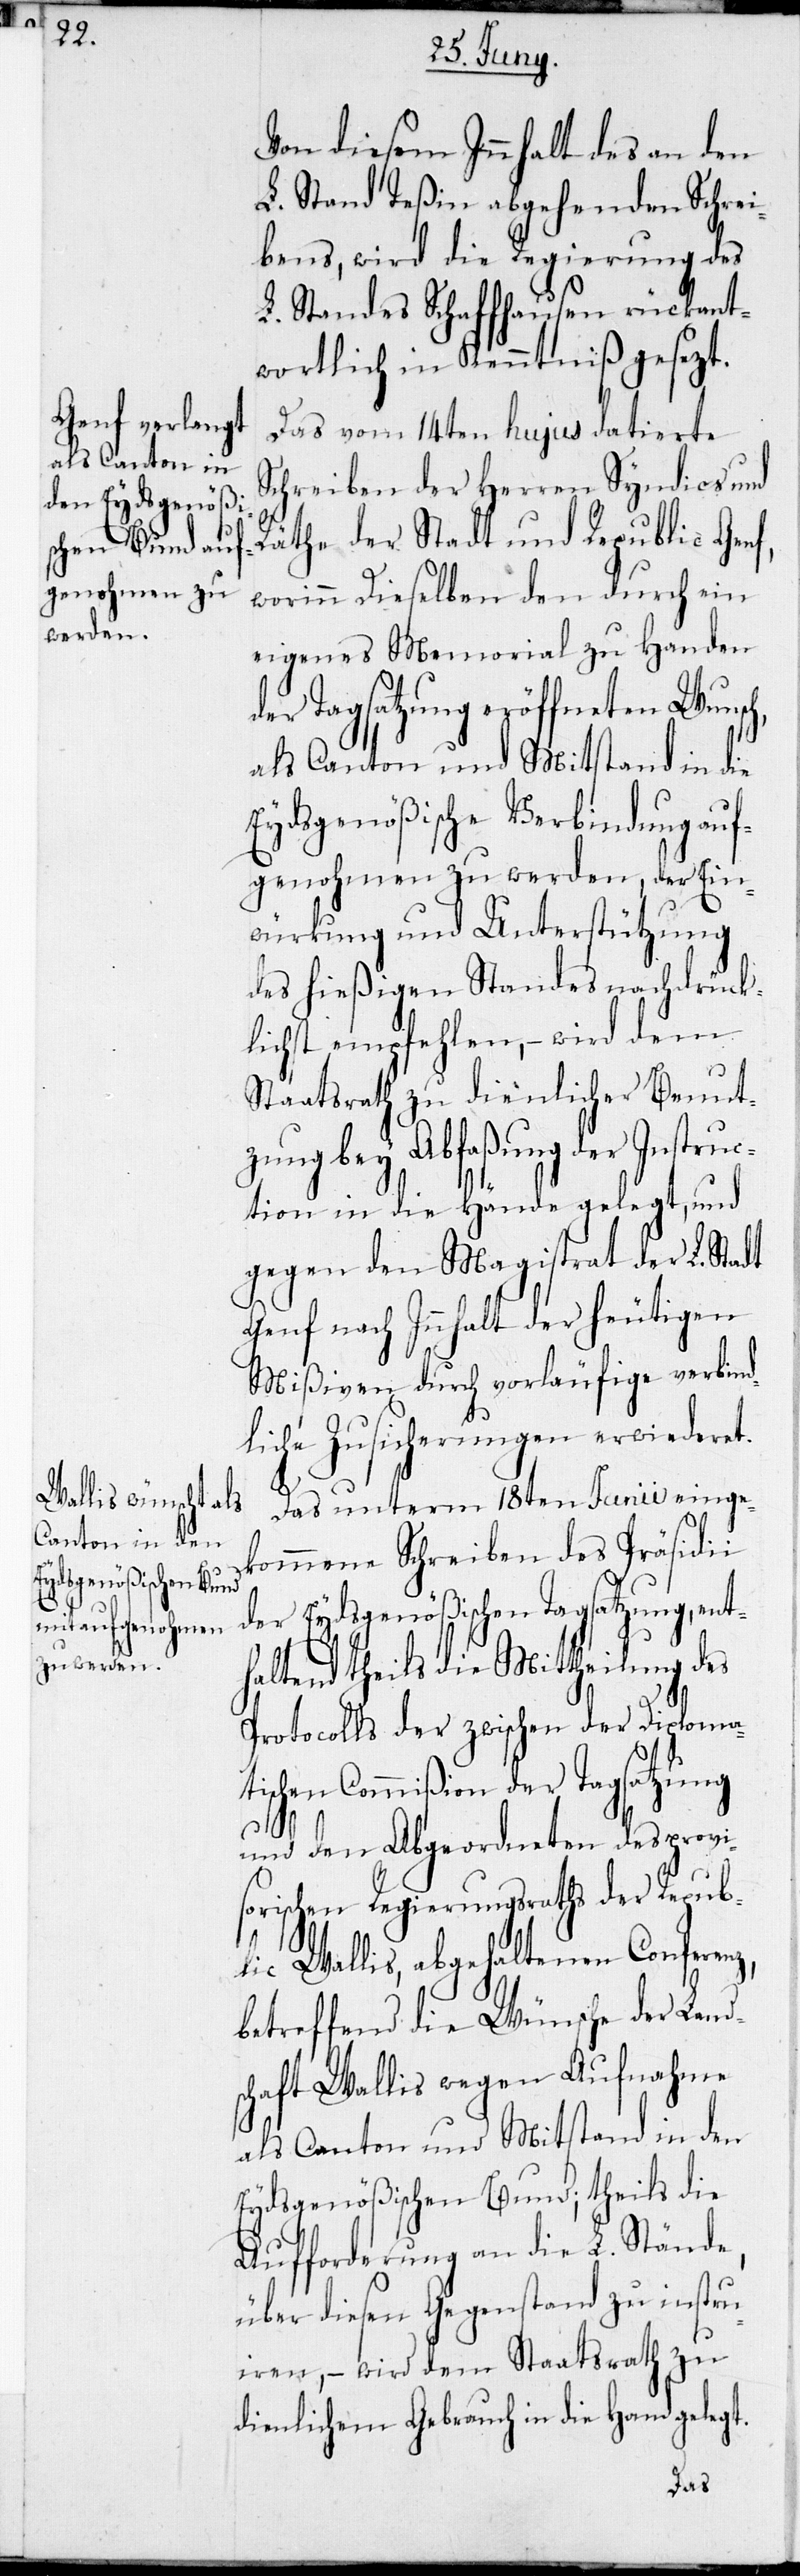
Von diesem Innhalt des an den
L. Stand Teßin abgehenden Schrei¬
bens, wird die Regierung des
L. Standes Schaffhausen rückant¬
wortlich in Kenntniß gesezt.
Das vom 14ten hujus datierte
Schreiben der Herren Syndics und
Räthe der Stadt und Republic Genf,
worinn dieselben den durch ein
eigenes Memorial zu Handen
der Tagsatzung eröffneten Wunsch,
als Canton und Mitstand in die
Eydsgenößische Verbindung auf¬
genohmen zu werden, der Ein¬
würkung und Unterstützung
des hießigen Standes nachdrück¬
lichst empfehlen, – wird dem
Staatsrath zu dienlicher Benut¬
zung bey Abfaßung der Instru¬
ction in die Hände gelegt, und
gegen den Magistrat der L. Stadt
Genf nach Innhalt der heutigen
Mißiven durch vorläufige verbind¬
liche Zusicherungen erwiederet.
Das unterm 18ten Junii einge¬
kommene Schreiben des Präsidii
der Eydsgenößischen Tagsatzung, ent¬
haltend theils die Mittheilung des
Protocolls der zwischen der Diploma¬
tischen Commißion der Tagsatzung
und den Abgeordneten des provi¬
sorischen Regierungsraths der Repub¬
lic Wallis, abgehaltenen Conferenz,
betreffend die Wünsche der Land¬
schaft Wallis wegen Aufnahme
als Canton und Mitstand in den
Eydsgenößischen Bund; theils die
Aufforderung an die L. Stände,
über diesen Gegenstand zu instru¬
iren, – wird dem Staatsrath zu
dienlichem Gebrauch in die Hand gelegt.